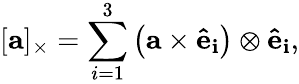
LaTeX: [\mathbf{a}]_{\times}=\sum_{i=1}^{3}\left(\mathbf{a}\times\mathbf{{\hat{e}}_{i}}\right)\otimes\mathbf{{\hat{e}}_{i}},